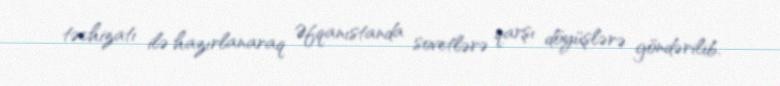
təchizatı ilə hazırlanaraq Əfqanıstanda sovetlərə qarşı döyüşlərə göndərilib.